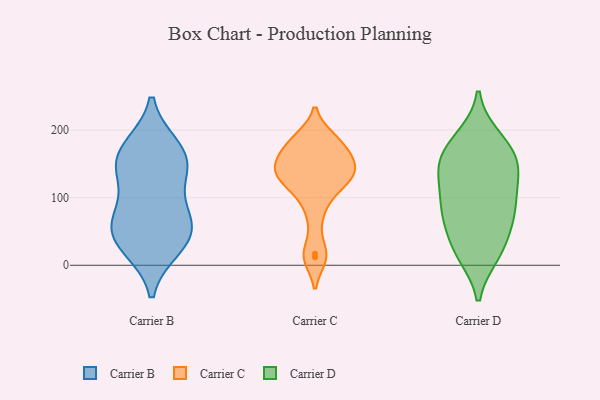
{"axis": {"x": "Website Visitors", "y": "Value"}, "legend": ["Carrier B", "Carrier C", "Carrier D"], "data": [{"x": "", "y": 35, "type": "Carrier B"}, {"x": "", "y": 27, "type": "Carrier B"}, {"x": "", "y": 140, "type": "Carrier B"}, {"x": "", "y": 73, "type": "Carrier B"}, {"x": "", "y": 152, "type": "Carrier B"}, {"x": "", "y": 171, "type": "Carrier B"}, {"x": "", "y": 62, "type": "Carrier B"}, {"x": "", "y": 41, "type": "Carrier B"}, {"x": "", "y": 138, "type": "Carrier B"}, {"x": "", "y": 73, "type": "Carrier B"}, {"x": "", "y": 174, "type": "Carrier B"}, {"x": "", "y": 111, "type": "Carrier C"}, {"x": "", "y": 161, "type": "Carrier C"}, {"x": "", "y": 17, "type": "Carrier C"}, {"x": "", "y": 146, "type": "Carrier C"}, {"x": "", "y": 133, "type": "Carrier C"}, {"x": "", "y": 150, "type": "Carrier C"}, {"x": "", "y": 132, "type": "Carrier C"}, {"x": "", "y": 75, "type": "Carrier C"}, {"x": "", "y": 187, "type": "Carrier C"}, {"x": "", "y": 184, "type": "Carrier C"}, {"x": "", "y": 117, "type": "Carrier C"}, {"x": "", "y": 144, "type": "Carrier C"}, {"x": "", "y": 179, "type": "Carrier C"}, {"x": "", "y": 12, "type": "Carrier C"}, {"x": "", "y": 19, "type": "Carrier D"}, {"x": "", "y": 69, "type": "Carrier D"}, {"x": "", "y": 77, "type": "Carrier D"}, {"x": "", "y": 15, "type": "Carrier D"}, {"x": "", "y": 63, "type": "Carrier D"}, {"x": "", "y": 98, "type": "Carrier D"}, {"x": "", "y": 15, "type": "Carrier D"}, {"x": "", "y": 157, "type": "Carrier D"}, {"x": "", "y": 157, "type": "Carrier D"}, {"x": "", "y": 190, "type": "Carrier D"}, {"x": "", "y": 149, "type": "Carrier D"}, {"x": "", "y": 190, "type": "Carrier D"}, {"x": "", "y": 92, "type": "Carrier D"}, {"x": "", "y": 74, "type": "Carrier D"}, {"x": "", "y": 132, "type": "Carrier D"}, {"x": "", "y": 115, "type": "Carrier D"}, {"x": "", "y": 37, "type": "Carrier D"}, {"x": "", "y": 127, "type": "Carrier D"}, {"x": "", "y": 172, "type": "Carrier D"}, {"x": "", "y": 152, "type": "Carrier D"}]}